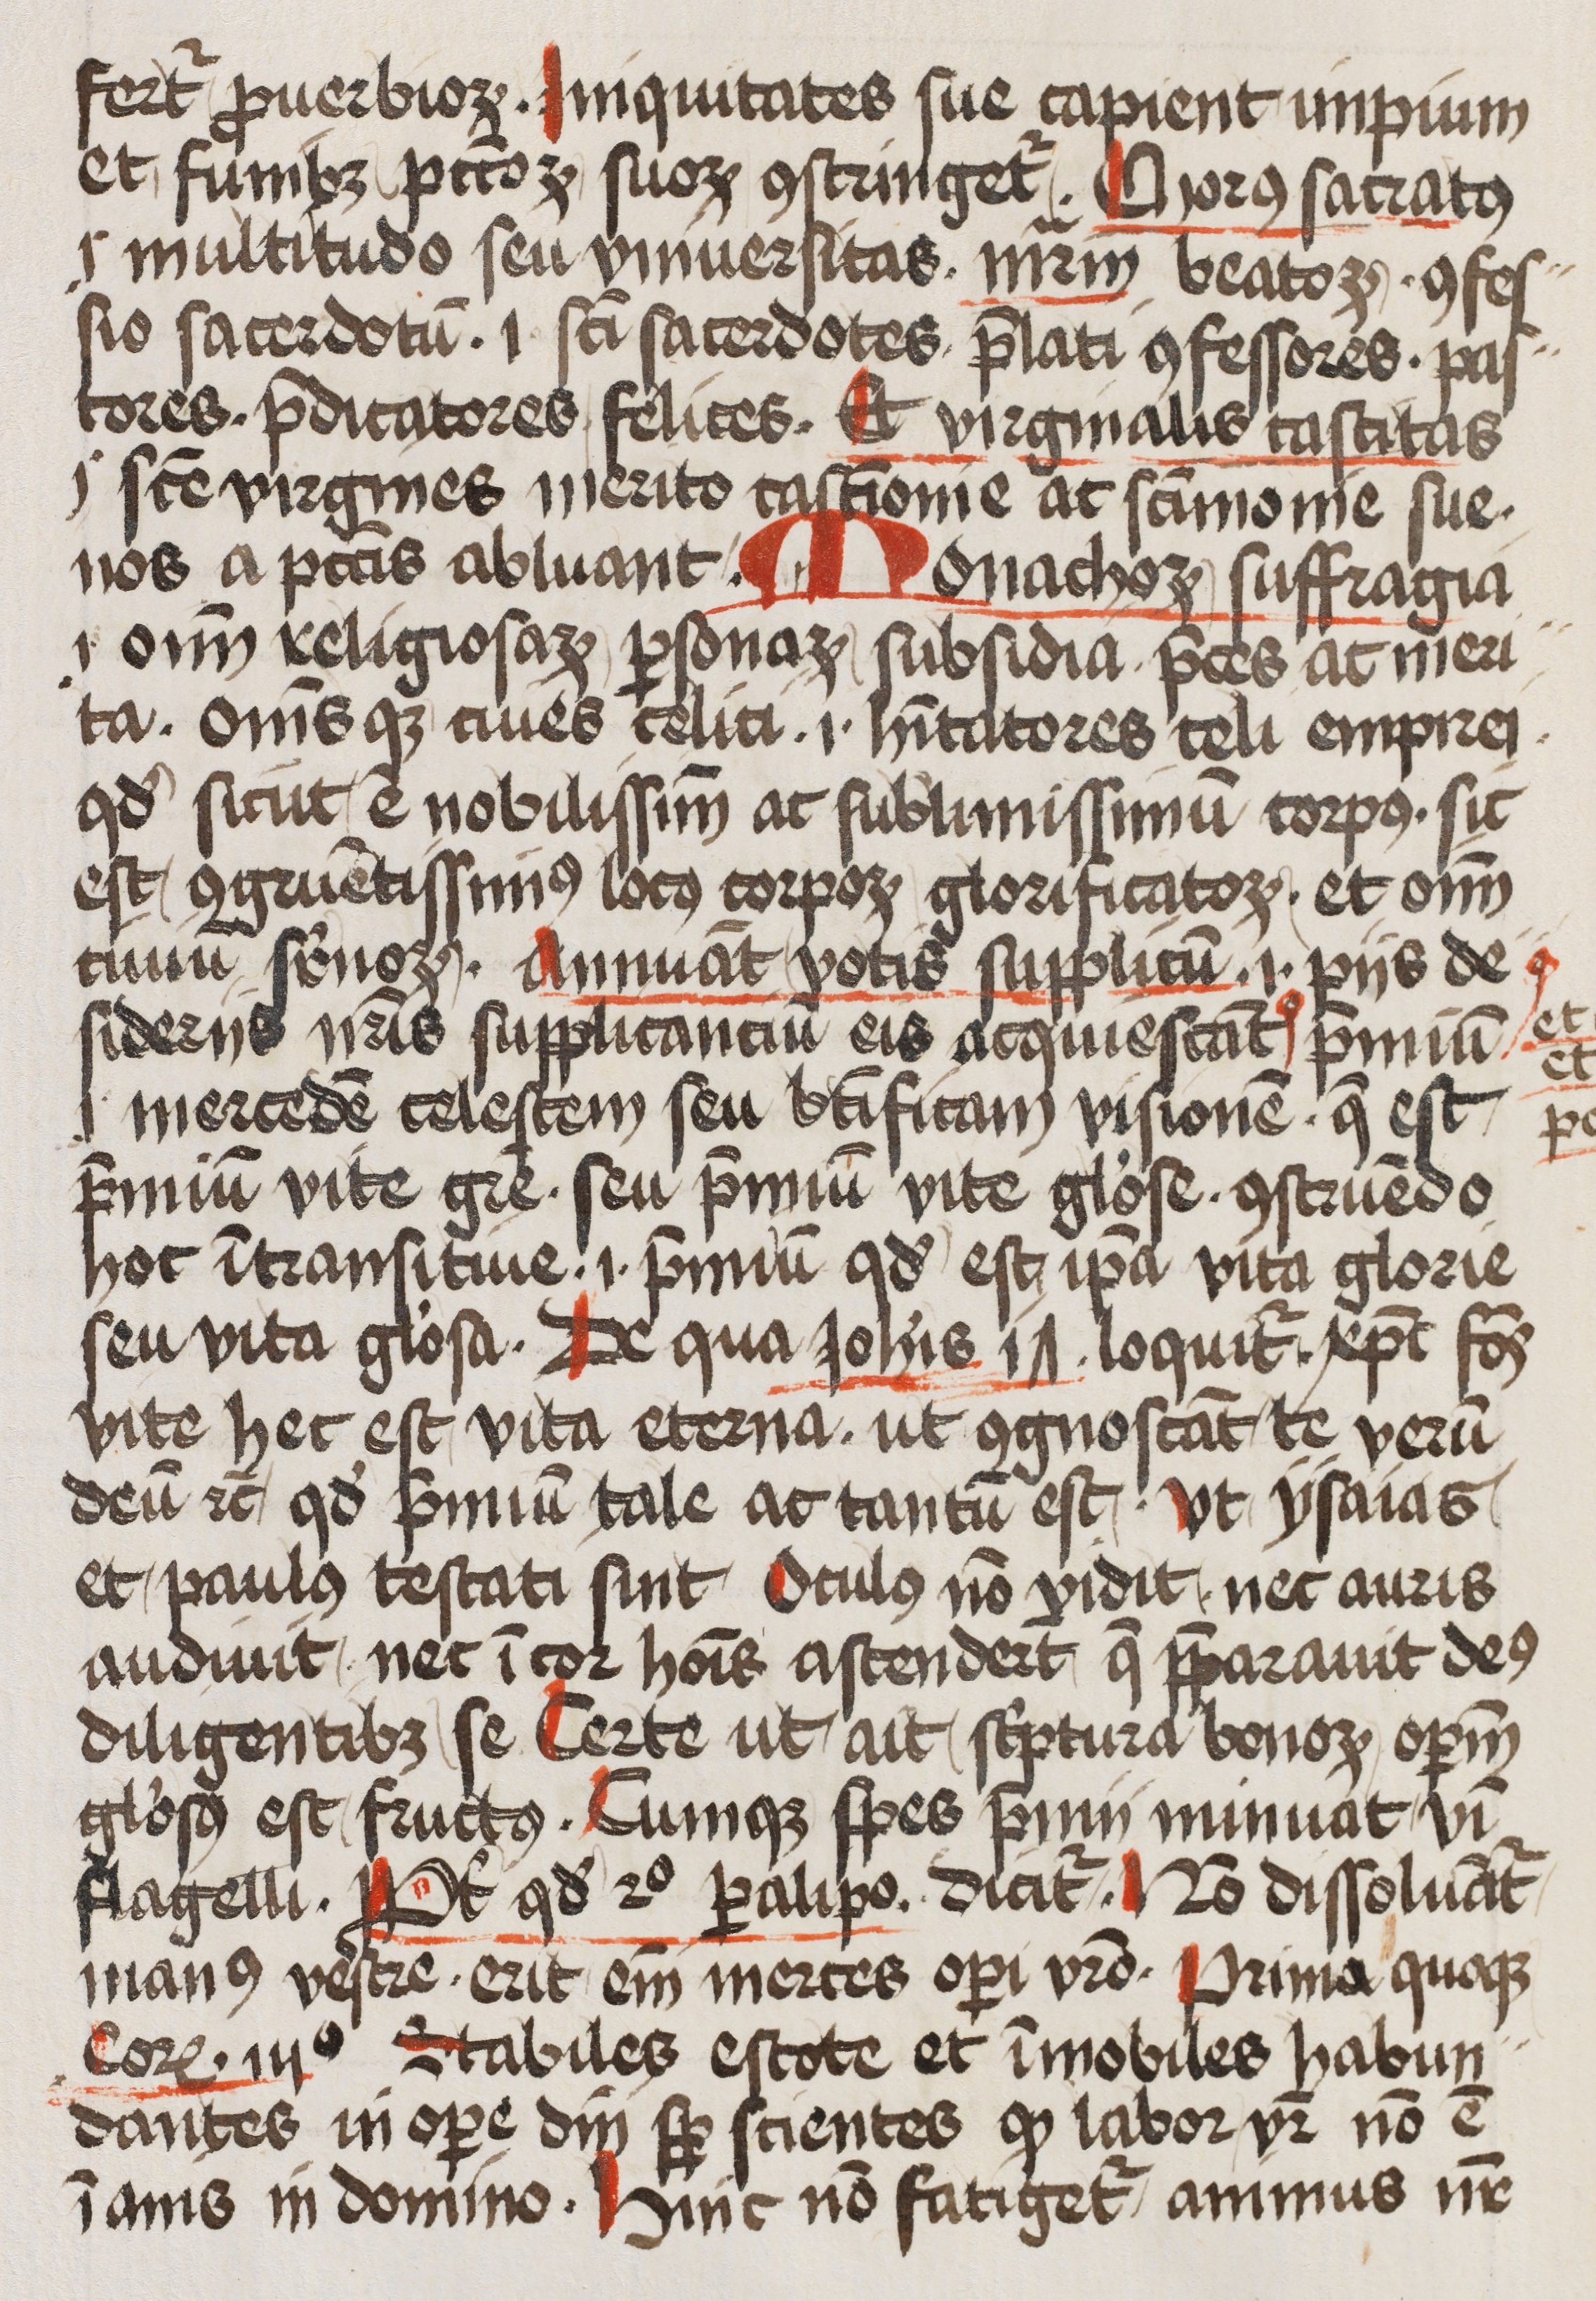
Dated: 1400–1499